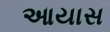
આયાસ